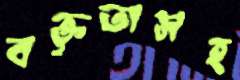
বক্তৃতাসহ